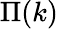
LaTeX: \Pi(k)